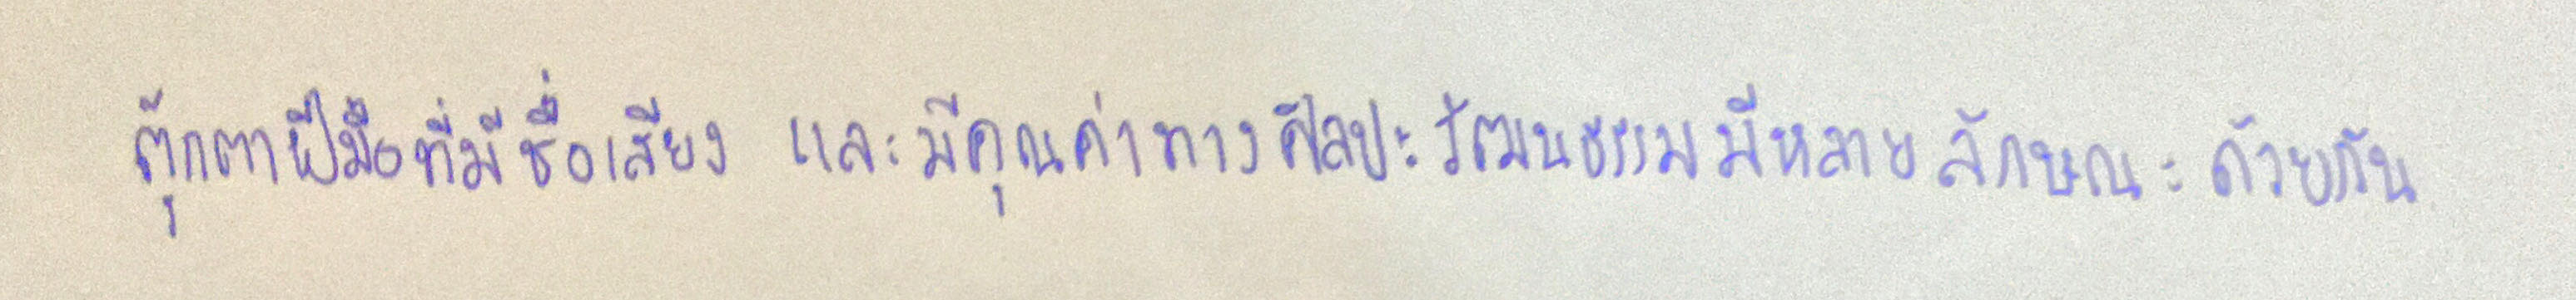
ตุ๊กตาฝีมือที่มีชื่อเสียงและมีคุณค่าทางศิลปวัฒนธรรมมีหลายลักษณะด้วยกัน